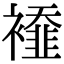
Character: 𧞁